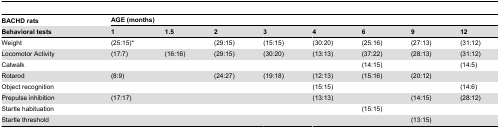
<table><thead><tr><td><b>BACHD rats</b></td><td colspan="8"><b>AGE (months)</b></td></tr><tr><td><b>Behavioral tests</b></td><td><b>1</b></td><td><b>1.5</b></td><td><b>2</b></td><td><b>3</b></td><td><b>4</b></td><td><b>6</b></td><td><b>9</b></td><td><b>12</b></td></tr></thead><tbody><tr><td>Weight</td><td>(25:15)*</td><td></td><td>(29:15)</td><td>(15:15)</td><td>(30:20)</td><td>(25:16)</td><td>(27:13)</td><td>(31:12)</td></tr><tr><td>Locomotor Activity</td><td>(17:7)</td><td>(16:16)</td><td>(29:15)</td><td>(30:20)</td><td>(13:13)</td><td>(37:22)</td><td>(28:13)</td><td>(31:12)</td></tr><tr><td>Catwalk</td><td></td><td></td><td></td><td></td><td></td><td>(14:15)</td><td></td><td>(14:5)</td></tr><tr><td>Rotarod</td><td>(8:9)</td><td></td><td>(24:27)</td><td>(19:18)</td><td>(12:13)</td><td>(15:16)</td><td>(20:12)</td><td></td></tr><tr><td>Object recognition</td><td></td><td></td><td></td><td></td><td>(15:15)</td><td></td><td></td><td>(14:6)</td></tr><tr><td>Prepulse inhibition</td><td>(17:17)</td><td></td><td></td><td></td><td>(13:13)</td><td></td><td>(14:15)</td><td>(28:12)</td></tr><tr><td>Startle habituation</td><td></td><td></td><td></td><td></td><td></td><td>(15:15)</td><td></td><td></td></tr><tr><td>Startle threshold</td><td></td><td></td><td></td><td></td><td></td><td></td><td>(13:15)</td><td></td></tr></tbody></table>